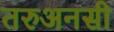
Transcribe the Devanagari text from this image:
तरुअनसी